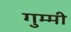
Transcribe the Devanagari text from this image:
गुम्मी